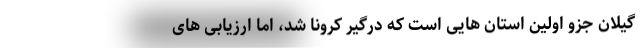
گیلان جزو اولین استان هایی است که درگیر کرونا شد، اما ارزیابی های